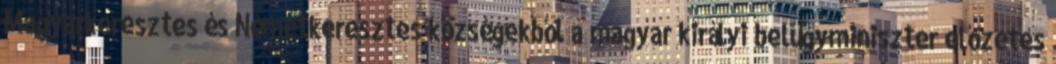
Magyarkeresztes és Németkeresztes községekből a magyar királyi belügyminiszter előzetes